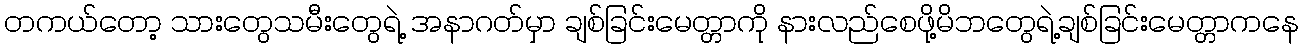
တကယ်တော့ သားတွေသမီးတွေရဲ့ အနာဂတ်မှာ ချစ်ခြင်းမေတ္တာကိုု နားလည်စေဖိုု့မိဘတွေရဲ့ချစ်ခြင်းမေတ္တာကနေ